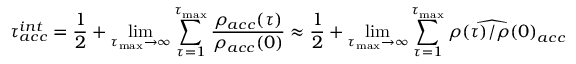
\tau _ { a c c } ^ { i n t } = \frac { 1 } { 2 } + \operatorname* { l i m } _ { \tau _ { \mathrm { m a x } } \rightarrow \infty } \sum _ { \tau = 1 } ^ { \tau _ { \mathrm { m a x } } } \frac { \rho _ { a c c } ( \tau ) } { \rho _ { a c c } ( 0 ) } \approx \frac { 1 } { 2 } + \operatorname* { l i m } _ { \tau _ { \mathrm { m a x } } \rightarrow \infty } \sum _ { \tau = 1 } ^ { \tau _ { \mathrm { m a x } } } \widehat { \rho ( \tau ) / \rho ( 0 ) } _ { a c c }